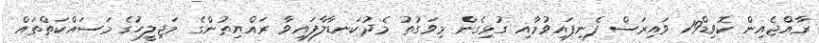
ރާއްޖެއިން ކޮވިޑް19 ވައިރަސް ފެނިފައިވުމާއި ގުޅިގެން މިވަގުތު މެދުކަނޑާލާފައިވާ ރައްޔިތުންގެ މަޖިލީހުގެ މަސައްކަތްތައް